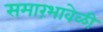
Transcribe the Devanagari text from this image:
समारंभावेळी